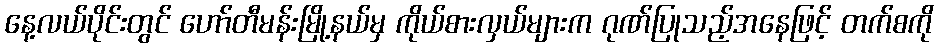
နေ့လယ်ပိုင်းတွင် ဟော်တီမန်းမြို့နယ်မှ ကိုယ်စားလှယ်များက ဂုဏ်ပြုသည့်အနေဖြင့် တက်စကို